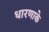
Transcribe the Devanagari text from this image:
धारणाके